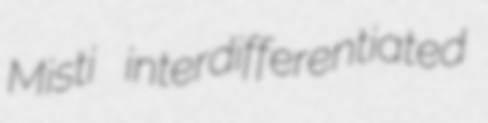
Misti interdifferentiated